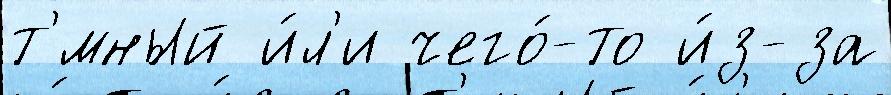
т'́мный и́л'и чего́-то и́з-за